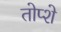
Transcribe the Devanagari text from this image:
तोप्शे